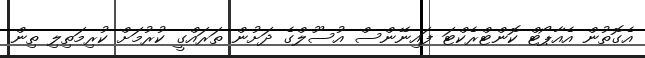
އެގޮތުން އެއާޕޯޓް ކޮންޓްރެކްޓަ ފައިނޭންސް އުސޫލްގެ ދަށުން ތަރައްގީ ކުރުމަށް ކުރިމަތިލި ތިން